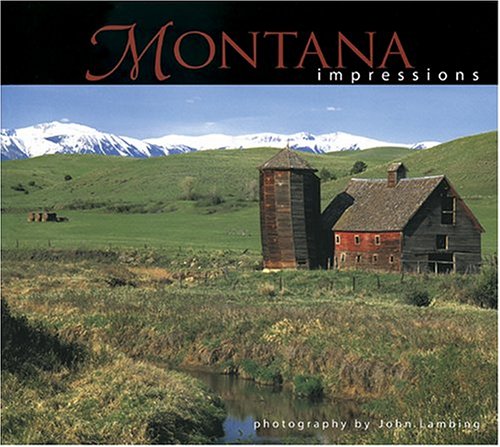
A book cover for Montana Impressions; John Lambing; Travel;